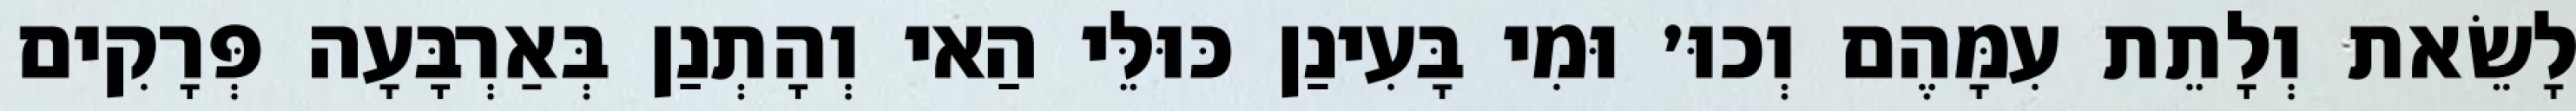
לָשֵׂאת וְלָתֵת עִמָּהֶם וְכוּ׳ וּמִי בָּעִינַן כּוּלֵּי הַאי וְהָתְנַן בְּאַרְבָּעָה פְּרָקִים